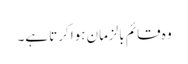
وہ قائم بالزمان ہوا کرتا ہے۔